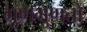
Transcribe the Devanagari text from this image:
गुणगुणतो